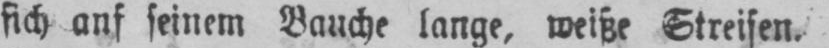
sich anf seinem Bauche lange, weiße Streifen.